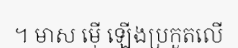
។ មាស ម៉ើ ឡើងប្រកួតលើ